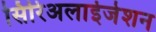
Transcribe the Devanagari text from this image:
सिरिअलाईजेशन